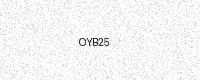
Text: OYB25